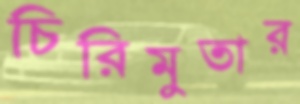
চিরিমুতার